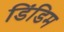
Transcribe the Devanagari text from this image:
डिंडिम